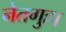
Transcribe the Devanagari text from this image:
नेतगुहा